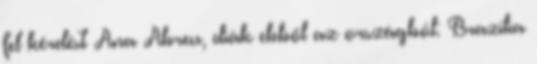
fel kérdést Ana Abreu, diák ebből az országból: Brazília